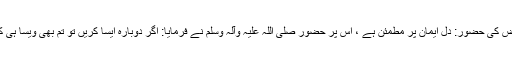
عرض کی حضور: دل ایمان پر مطمئن ہے ، اس پر حضور صلی اللہ علیہ وآلہ وسلم نے فرمایا: اگر دوبارہ ایسا کریں تو تم بھی ویسا ہی کرنا۔